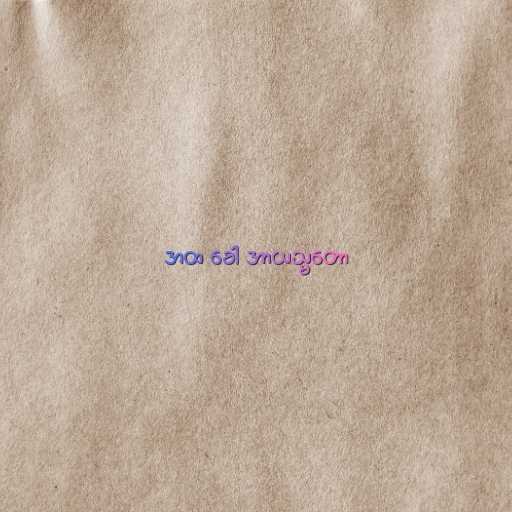
အထ ခေါ အာယသ္မတော